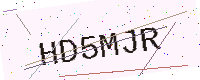
Text: HD5MJR